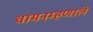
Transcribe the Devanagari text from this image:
वामनम्हणाले